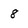
Character: 8